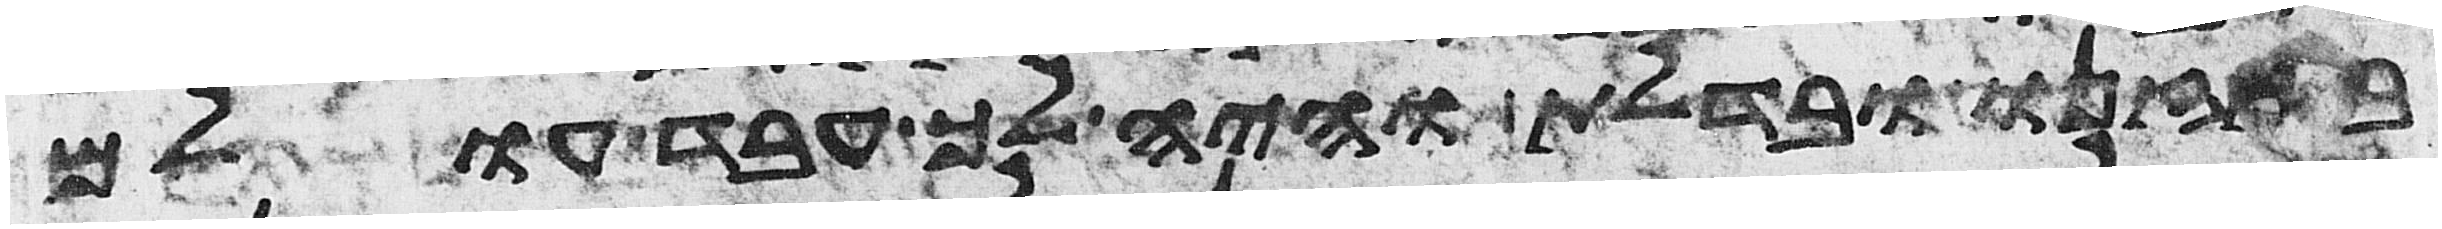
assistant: באזנו ובדלת והיה לך עבד עולם